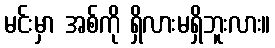
မင်းမှာ အစ်ကို ရှိလားမရှိဘူးလား။